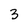
Character: 3